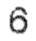
6